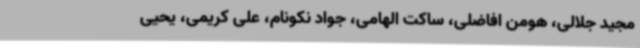
مجید جلالی، هومن افاضلی، ساکت الهامی، جواد نکونام، علی کریمی، یحیی